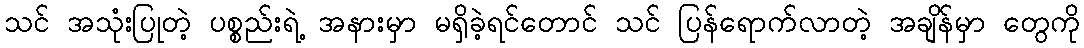
သင် အသုံးပြုတဲ့ ပစ္စည်းရဲ့ အနားမှာ မရှိခဲ့ရင်တောင် သင် ပြန်ရောက်လာတဲ့ အချိန်မှာ တွေကို